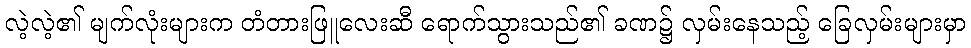
လဲ့လဲ့၏ မျက်လုံးများက တံတားဖြူလေးဆီ ရောက်သွားသည်၏ ခဏ၌ လှမ်းနေသည့် ခြေလှမ်းများမှာ